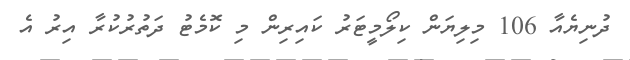
ދުނިޔެއާ 106 މިލިޔަން ކިލޯމީޓަރު ކައިރިން މި ކޮމެޓު ދަތުރުކުރާ އިރު އެ